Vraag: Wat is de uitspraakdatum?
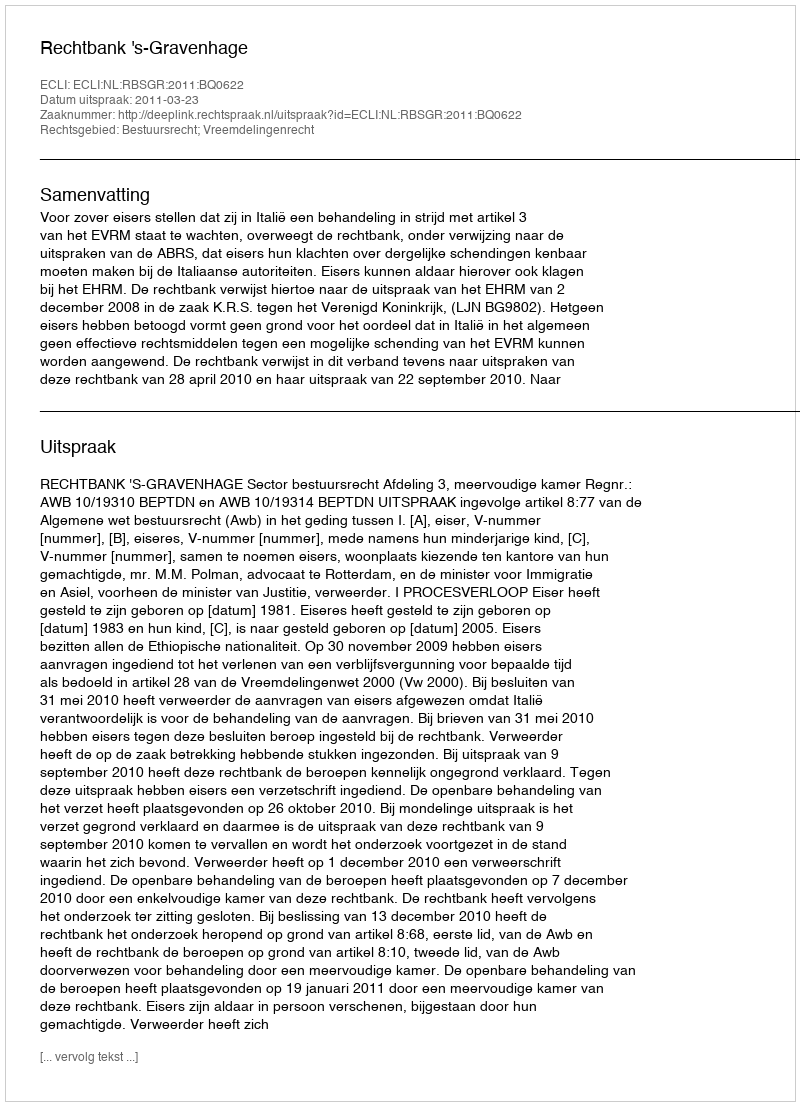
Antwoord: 2011-03-23